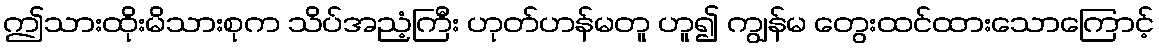
ဤသားထိုးမိသားစုက သိပ်အညံ့ကြီး ဟုတ်ဟန်မတူ ဟူ၍ ကျွန်မ တွေးထင်ထားသောကြောင့်